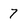
Character: 7